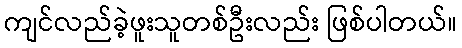
ကျင်လည်ခဲ့ဖူးသူတစ်ဦးလည်း ဖြစ်ပါတယ်။